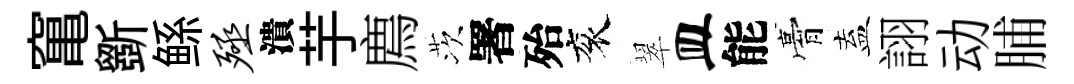
𥧄斵鲧殛潰芋廌茨署殆衮翠皿能膏盍詡动脯